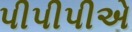
પીપીપીએ